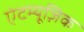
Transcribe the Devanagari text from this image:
एंटम्यूज़िक